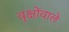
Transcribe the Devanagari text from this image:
वृक्षोंवाले